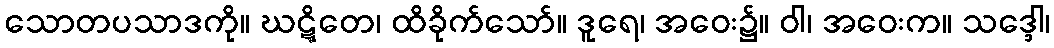
သောတပသာဒကို။ ဃဋ္ဋိတေ၊ ထိခိုက်သော်။ ဒူရေ၊ အဝေး၌။ ဝါ၊ အဝေးက။ သဒ္ဒေါ၊